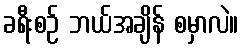
ခရီးစဉ် ဘယ်အချိန် စမှာလဲ။